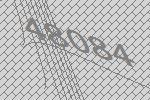
48084